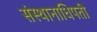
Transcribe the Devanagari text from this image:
संस्थानाधिपती